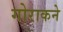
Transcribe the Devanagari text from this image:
गोराकने